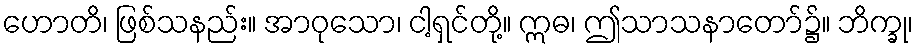
ဟောတိ၊ ဖြစ်သနည်း။ အာဝုသော၊ ငါ့ရှင်တို့။ ဣဓ၊ ဤသာသနာတော်၌။ ဘိက္ခု၊